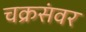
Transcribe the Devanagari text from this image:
चक्रसंवर